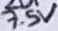
Text: 7.5V